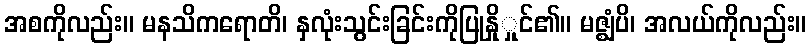
အစကိုလည်း။ မနသိကရောတိ၊ နှလုံးသွင်းခြင်းကိုပြုနှိုှုင်၏။ မဇ္ဈံပိ၊ အလယ်ကိုလည်း။